system: You are a helpful assistant.
user:
Analyze the provided spectrum to determine if it is a **White Dwarf (WD)**.

A White Dwarf spectrum is defined by its **extreme purity** (due to gravitational settling) and/or **extreme pressure broadening** (due to high surface gravity). You must check for one of the following mutually exclusive signatures:

- **Key Visual Indicators (Check for ONE of these types):**

    - **1. DA-Type Signature (Most Common):**
        - **(Primary Feature):** Extreme pressure broadening (Stark broadening) of the **Hydrogen (H) Balmer lines**.
        - **(Key Lines):** $H\beta$ (approx. $4861$ Å) and $H\gamma$ (approx. $4340$ Å). $H\alpha$ (approx. $6563$ Å) will also be present if the wavelength range covers it.
        - **(Line Profile):** This is the **defining feature**. The lines are **NOT** sharp. They appear as massive, **extremely broad and deep "troughs" or "dips"** in the spectrum, often hundreds of Ångströms wide. The continuum will appear to "scoop" down at these wavelengths.
        - **(Distinction):** Normal A-type or B-type stars have *narrow* and *sharp* Hydrogen lines. A DA White Dwarf's lines are unmistakably "smeared" or "blurry" from pressure.

    - **2. DB-Type Signature:**
        - **(Primary Feature):** Broad absorption lines from **Neutral Helium (He I)**. The spectrum must lack any visible Hydrogen lines.
        - **(Key Lines):** Look for broad absorption near $4471$ Å, $4921$ Å, and $5876$ Å.
        - **(Line Profile):** These lines are also significantly pressure-broadened, appearing much wider than they would in a normal B-type main-sequence star.

    - **3. DC-Type Signature:**
        - **(Primary Feature):** A **featureless continuous spectrum**.
        - **(Line Profile):** The spectrum is a smooth curve with **no significant absorption or emission lines**.
        - **(Key Confirmation):** The continuum is almost always **blue or white**, indicating a hot object. This signature implies the atmosphere is so pure (or so cool) that no spectral lines are visible in the optical range. Its WD identity is confirmed by its extremely low intrinsic brightness (high absolute magnitude).

    - **4. DZ-Type Signature (Metal-Polluted):**
        - **(Primary Feature):** **Isolated, narrow metal absorption lines** on an otherwise featureless (DC-like) continuum.
        - **(Key Lines):** The **Calcium (Ca II) H & K doublet** (approx. **$3934$ Å** and **$3968$ Å**) is the most common and defining feature.
        - **(Line Profile):** These lines are "out of place." They are *not* part of a "forest" of thousands of lines. This signature is evidence of recent *accretion* (pollution) from rocky debris.
        - **(Distinction):** Normal G/K/M stars have a *dense forest* of thousands of metal lines. A DZ has a *clean* continuum with *only a few* strong metal lines.

    - **5. DQ-Type Signature (Carbon-Polluted):**
        - **(Primary Feature):** Absorption bands from **Carbon (C₂ "Swan Bands" or atomic C I)**.
        - **(Key Lines - C₂):** Look for bandheads with a "saw-tooth" shape near $5635$ Å, **$5165$ Å** (strongest), and $4737$ Å.
        - **(Key Confirmation):** The underlying **continuum must be blue or white** (hot).
        - **(Distinction):** This is the critical difference from a **Carbon Star**, which has the *exact same* C₂ bands but on an extremely **red, cool** continuum.

- **(Overall Spectrum):**
    - The continuum (overall shape) is typically **blue-sloping** (brighter in the blue than the red), as most white dwarfs are very hot.
    - The spectrum will look "pure" or "simple," dominated by only *one* of the five signatures listed above.

Think first, call **spectral_visualization_tool** if needed to examine features in detail, then provide your final answer. Your response must adhere to the following strict rules:
1.  **Overall Structure:** Your response must follow the format `<think>...</think> <tool_call>...</tool_call> (if a tool is used) <answer>...</answer>`.
2.  **Tool Usage Constraint:** You may only make **one** tool call per turn.
3.  **Final Answer Format:** In the `<answer>` tag, your conclusion must be inside a `\boxed{}` command (e.g., `\boxed{YES}` or `\boxed{NO}`), followed by your justification.

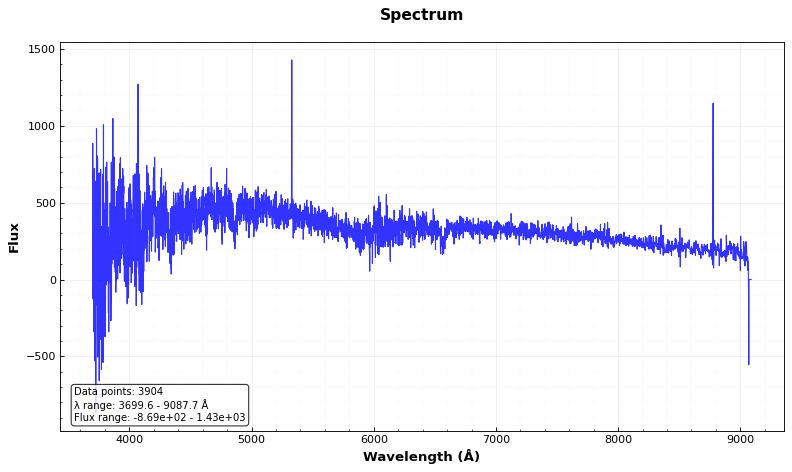
Answer: YES